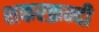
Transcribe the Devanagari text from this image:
शकरक़न्दी